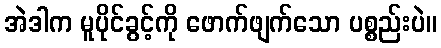
အဲဒါက မူပိုင်ခွင့်ကို ဖောက်ဖျက်သော ပစ္စည်းပဲ။